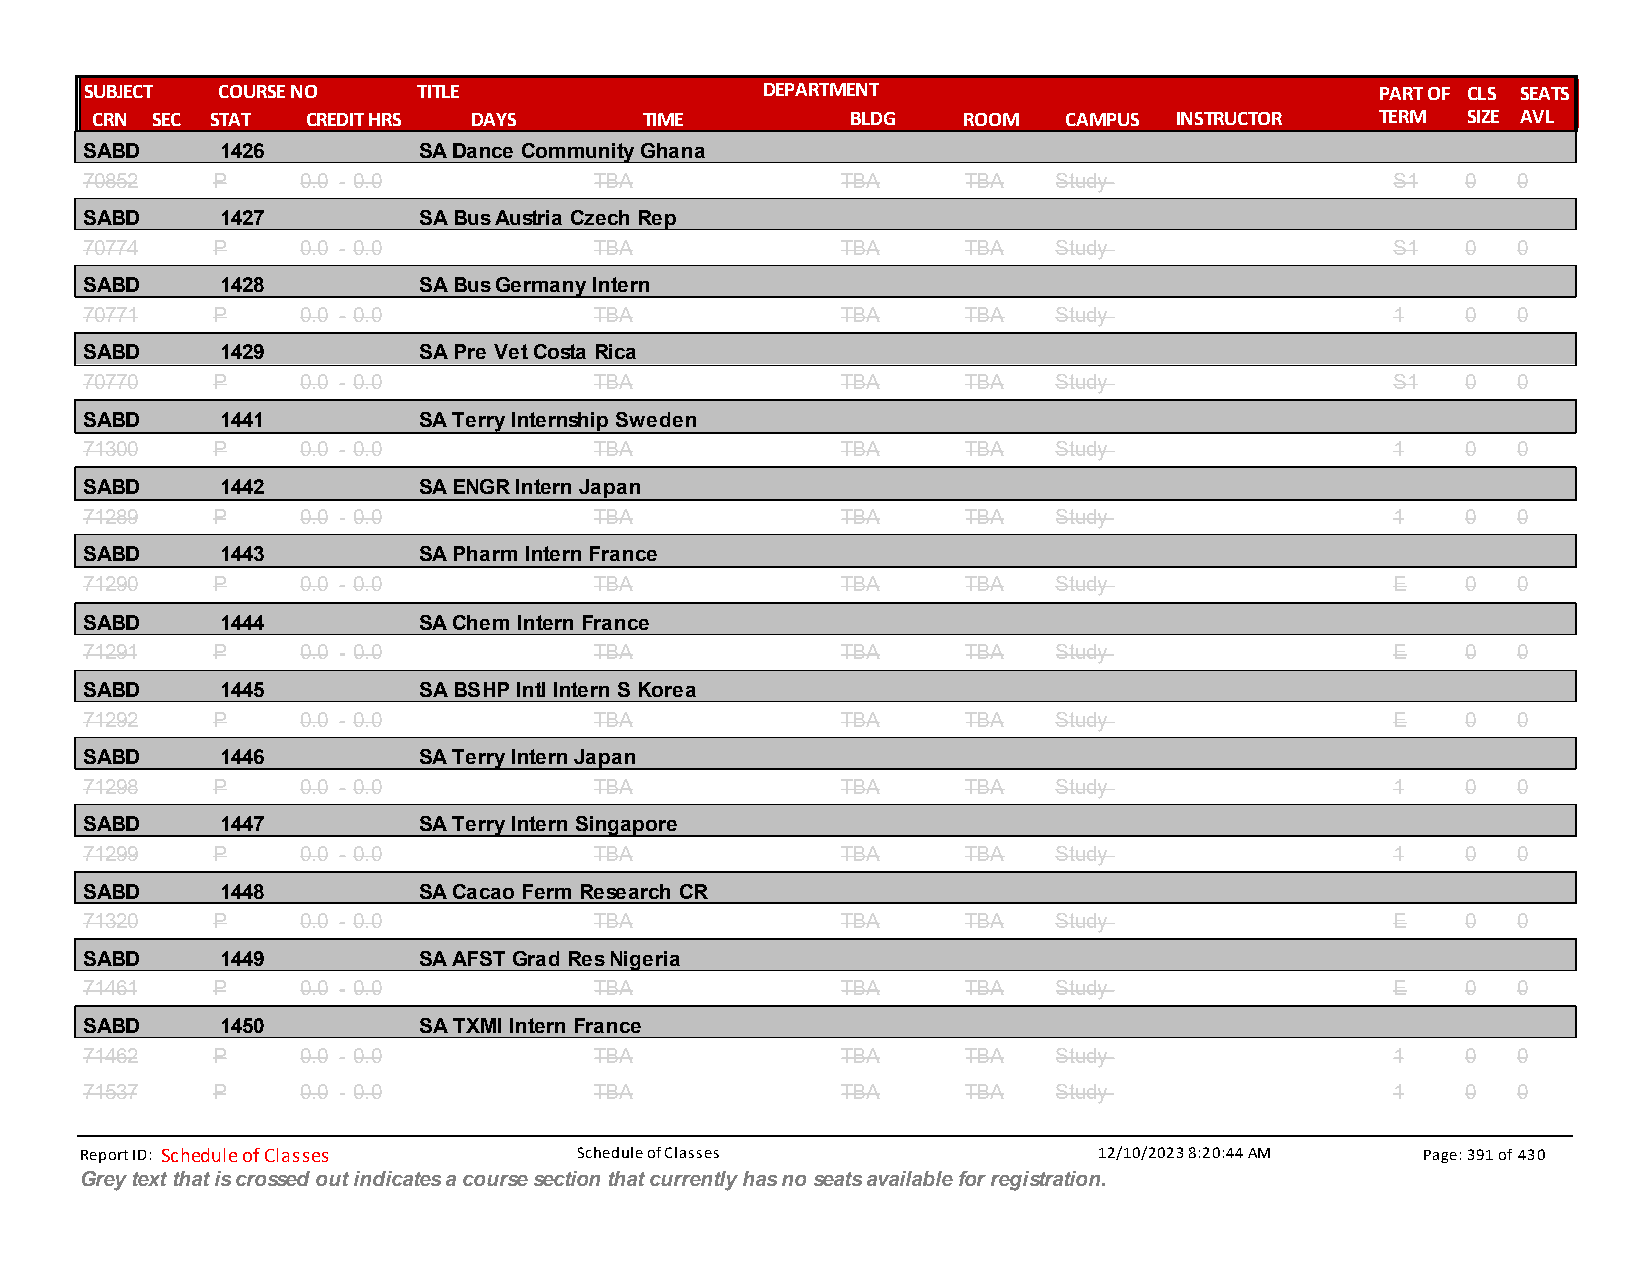
SUBJECT COURSE NO     TITLE                 DEPARTMENT                               PART OF CLS SEATS
 CRN SEC STAT  CREDIT HRS DAYS        TIME         BLDG    ROOM  CAMPUS  INSTRUCTOR   TERM  SIZE AVL
 SABD      1426         SA Dance Community Ghana
 70852    P     0.0 - 0.0          TBA              TBA     TBA   Study                 S1   0  0
 SABD      1427         SA Bus Austria Czech Rep
 70774    P     0.0 - 0.0          TBA              TBA     TBA   Study                 S1   0  0
 SABD      1428         SA Bus Germany Intern
 70771    P     0.0 - 0.0          TBA              TBA     TBA   Study                 1    0  0
 SABD      1429         SA Pre Vet Costa Rica
 70770    P     0.0 - 0.0          TBA              TBA     TBA   Study                 S1   0  0
 SABD      1441         SA Terry Internship Sweden
 71300    P     0.0 - 0.0          TBA              TBA     TBA   Study                 1    0  0
 SABD      1442         SA ENGR Intern Japan
 71289    P     0.0 - 0.0          TBA              TBA     TBA   Study                 1    0  0
 SABD      1443         SA Pharm Intern France
 71290    P     0.0 - 0.0          TBA              TBA     TBA   Study                 E    0  0
 SABD      1444         SA Chem Intern France
 71291    P     0.0 - 0.0          TBA              TBA     TBA   Study                 E    0  0
 SABD      1445         SA BSHP Intl Intern S Korea
 71292    P     0.0 - 0.0          TBA              TBA     TBA   Study                 E    0  0
 SABD      1446         SA Terry Intern Japan
 71298    P     0.0 - 0.0          TBA              TBA     TBA   Study                 1    0  0
 SABD      1447         SA Terry Intern Singapore
 71299    P     0.0 - 0.0          TBA              TBA     TBA   Study                 1    0  0
 SABD      1448         SA Cacao Ferm Research CR
 71320    P     0.0 - 0.0          TBA              TBA     TBA   Study                 E    0  0
 SABD      1449         SA AFST Grad Res Nigeria
 71461    P     0.0 - 0.0          TBA              TBA     TBA   Study                 E    0  0
 SABD      1450         SA TXMI Intern France
 71462    P     0.0 - 0.0          TBA              TBA     TBA   Study                 1    0  0
 71537    P     0.0 - 0.0          TBA              TBA     TBA   Study                 1    0  0
 Report ID: Schedule of Classes   Schedule of Classes                12/10/2023 8:20:44 AM Page: 391 of 430
 Grey text that is crossed out indicates a course section that currently has no seats available for registration.